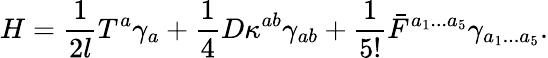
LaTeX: H={\frac{1}{2l}}T^{a}\gamma_{a}+{\frac{1}{4}}D\kappa^{ab}\gamma_{ab}+{\frac{1}{5!}}\bar{F}^{a_{1}...a_{5}}\gamma_{a_{1}...a_{5}}.